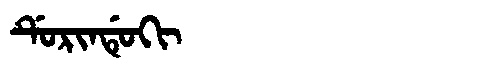
Manchu: ᡩᡠᡵᡳᠨᡩᡠᡴᡳ
Romanization: DURINDUKI